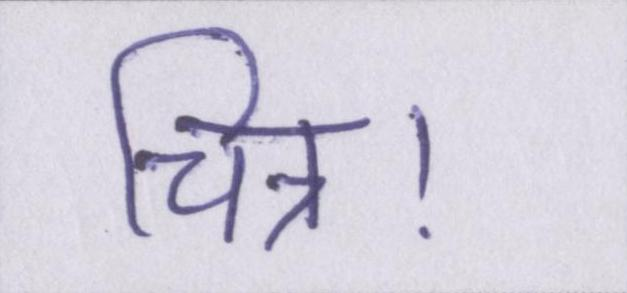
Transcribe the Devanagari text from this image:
चित्र।